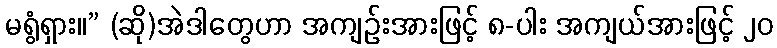
မရွံရှား။” (ဆို)အဲဒါတွေဟာ အကျဉ်းအားဖြင့် ၈-ပါး အကျယ်အားဖြင့် ၂၀